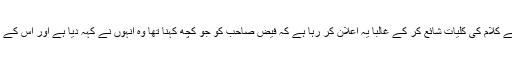
بہت سے لوگوں نے کہا کہ اردو مرکز فیض صاحب کے کلام کی کلیات شائع کر کے غالباً یہ اعلان کر رہا ہے کہ فیض صاحب کو جو کچھ کہنا تھا وہ انہوں نے کہہ دیا ہے اور اس کے بعد اب وہ کچھ نہیں کہیں گے اور بس یہ کلیات ہی ہے۔